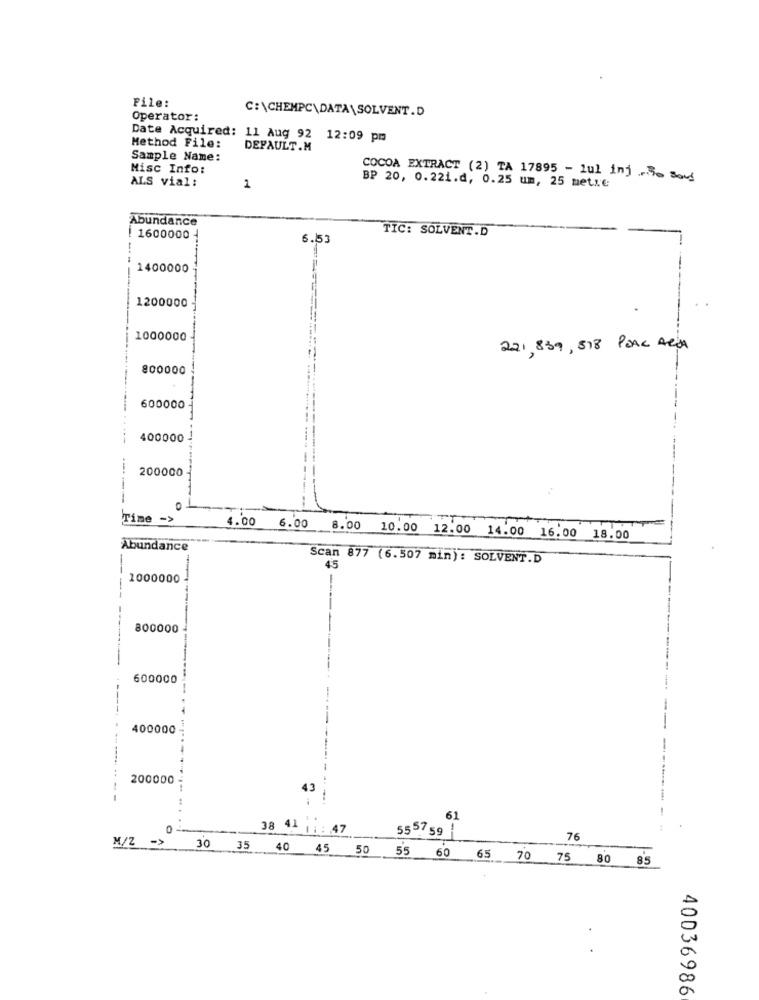
File:
C:\CHEMPC\DATA\SOLVENT.D
Operator:
Date Acquired: 11 Aug 92 12:09 pm
Method File:
DEFAULT.M
Sample Name:
Misc Info:
ALS vial:
COCOA EXTRACT (2) TA 17895 - 1ul inj.30 sous
2
BP 20, 0.221.d, 0.25 um, 25 metre
Abundance
TIC: SOLVENT.D
1600000
6.53
---
1400000
===
1200000
1000000
221,839, 518 POAK ACJA
800000
600000
...
400000
200000
Time ->
4.00
6.00
8.00 10.00 12.00 14.00 16.00 18.00
Abundance
Scan 877 (6.507 min): SOLVENT.D
45
1000000
800000
600000
400000
200000 -
43
61
38 4- 1: : 47
5557 59 |
--
M/2 ->
76
30 35 40 45 50 55 60 65 70 75 80 85
40036986